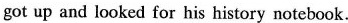
got up and looked for his history notebook.